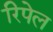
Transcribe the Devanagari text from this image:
रिपेल